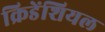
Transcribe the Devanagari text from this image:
क्रिडेंशियल